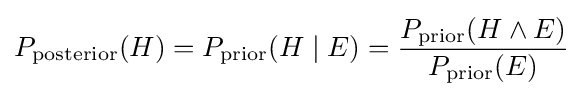
P_{\text{posterior}}(H)=P_{\text{prior}}(H\mid E)={\frac {P_{\text{prior}}(H\land E)}{P_{\text{prior}}(E)}}